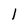
Character: 1